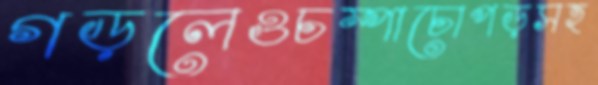
গড়লেওচম্পাচোপড়সহ